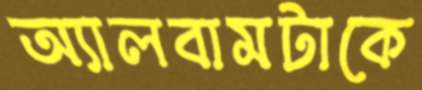
অ্যালবামটাকে